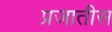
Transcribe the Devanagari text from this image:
प्रजातीस